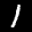
Label: 1